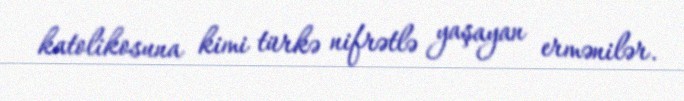
katolikosuna kimi türkə nifrətlə yaşayan ermənilər.